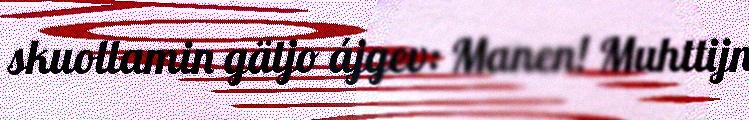
skuollamin gätjo ájgev: Manen! Muhttijn